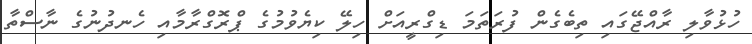
ހުޅުވާލި ރާއްޖޭގައި ތިބެގެން ފުރަތަމަ ޑިގްރީއަށް ހިލޭ ކިޔެވުމުގެ ޕްރޮގްރާމާއި ހެނދުނުގެ ނާސްތާ